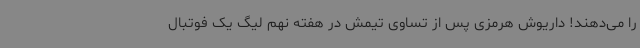
را می‌دهند! داریوش هرمزی پس از تساوی تیمش در هفته نهم لیگ یک فوتبال